Report of the Bombay Plague Committee
Disease focus: Plague
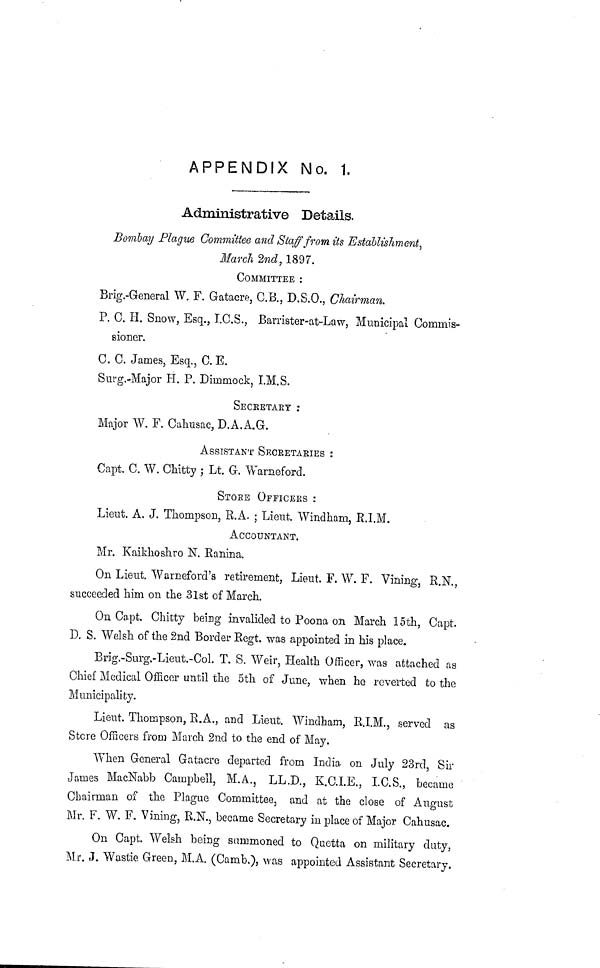
APPENDIX No. 1.
Administrative Details.
Bombay Plague Committee and Staff from its Establishment,
March 2nd, 1897.
COMMITTEE :
Brig.-General W. F. Gatacre, C.B., D.S.O., Chairman.
P. C. H. Snow, Esq., I.C.S., Barrister-at-Law, Municipal Commis-
sioner.
C. C. James, Esq., C.E.
Surg.-Major H. P. Dimmock, I.M.S.
SECRETARY :
Major W. F. Cahusac, D.A.A.G.
ASSISTANT SECRETARIES :
Capt. C. W. Chitty ; Lt. G. Warneford.
STORE OFFICERS :
Lieut. A. J. Thompson, R.A. ; Lieut. Windham, R.I.M.
ACCOUNTANT.
Mr. Kaikhoshro N. Ranina.
On Lieut. Warneford's retirement, Lieut. F. W. F. Vining, R.N.,
succeeded him on the 31st of March.
On Capt. Chitty being invalided to Poona on March 15th, Capt.
D. S. Welsh of the 2nd Border Regt, was appointed in his place.
Brig.-Surg.-Lieut.-Col. T. S. Weir, Health Officer, was attached as
Chief Medical Officer until the 5th of June, when ho reverted to the
Municipality.
Lieut. Thompson, R.A., and Lieut. Windham, B.I.M., served as
Store Officers from March 2nd to the end of May.
When General Gatacre departed from India on July 23rd, Sir
James MacNabb Campbell, M.A., LL.D., K.C.I.E., I.C.S., became
Chairman of the Plague Committee, and at the close of August
Mr. F. W. F. Vining, R.N., became Secretary in place of Major Cahusac.
On Capt. Welsh being summoned to Quetta on military duty,
Mr. J. Wastie Green, M.A. (Camb.), was appointed Assistant Secretary.